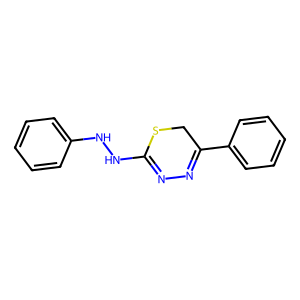
SMILES: c1ccc(NNC2=NN=C(c3ccccc3)CS2)cc1
Inhibits HIV replication: No